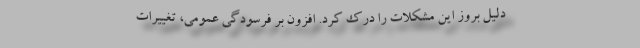
دلیل بروز این مشکلات را درک کرد. افزون بر فرسودگی عمومی، تغییرات